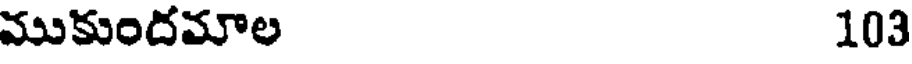
ముకుందమాల 103